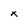
Character: x